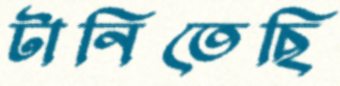
টানিতেছি